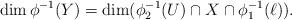
LaTeX: \begin{align*}\dim \phi^{-1} (Y) = \dim ( \phi_2^{-1} (U) \cap X \cap\phi_1^{-1}({\ell })).\end{align*}